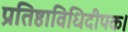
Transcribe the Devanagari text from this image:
प्रतिष्ठाविधिदीपक।